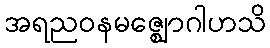
အရညဝနမဇ္ဈောဂါဟသိ